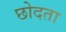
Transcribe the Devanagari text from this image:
छोदता